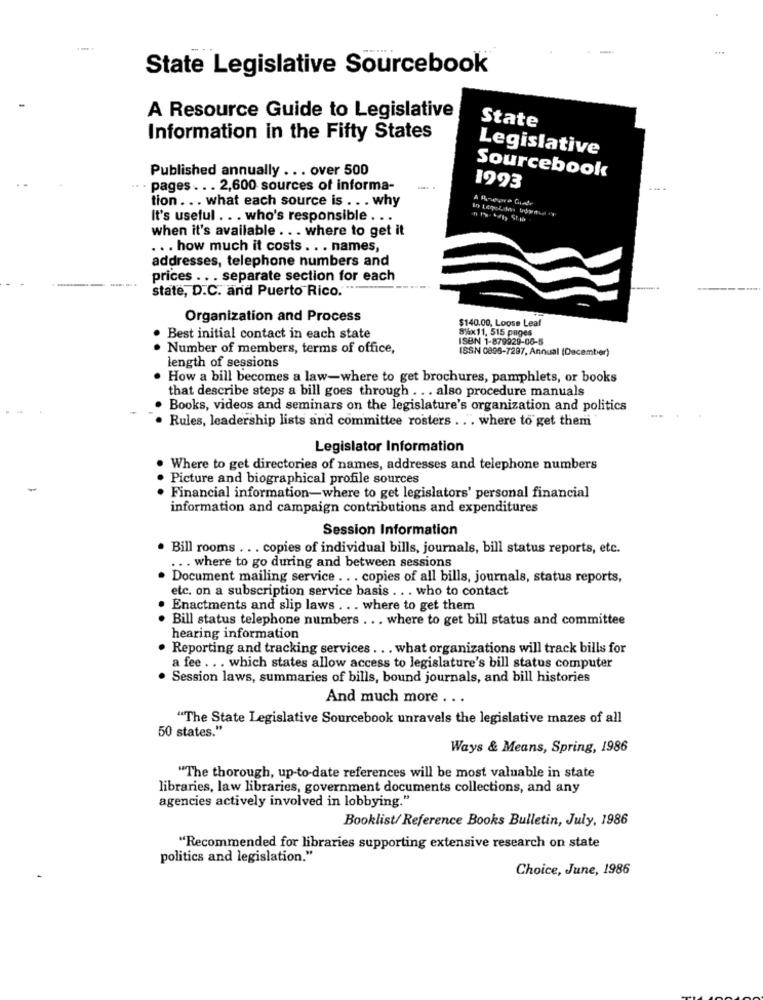
State Legislative Sourcebook
A Resource Guide to Legislative
State
Information in the Fifty States
Legislative
Published annually ... over 500
Sourcebook
- pages . . . 2,600 sources of informa-
1993
tion ... what each source is .. . why
It's useful ... who's responsible . ..
when it's available .. . where to get it
... how much it costs. .. names,
addresses, telephone numbers and
prices .. . separate section for each
state, D.C. and Puerto Rico."
Organization and Process
$140.00, Loose Leal
8%x11, 515 pages
· Best initial contact in each state
ISBN 1-879929-06-5
Number of members, terms of office,
ISSN 0896-7297, Annual (December)
length of sessions
How a bill becomes a law-where to get brochures, pamphlets, or books
that describe steps a bill goes through . .. also procedure manuals
Books, videos and seminars on the legislature's organization and politics
Rules, leadership lists and committee rosters . . ". where to get them'
Legislator Information
Where to get directories of names, addresses and telephone numbers
Picture and biographical profile sources
-
· Financial information-where to get legislators' personal financial
information and campaign contributions and expenditures
Session Information
· Bill rooms ... copies of individual bills, journals, bill status reports, etc.
.. . where to go during and between sessions
· Document mailing service ... copies of all bills, journals, status reports,
etc. on a subscription service basis .. . who to contact
Enactments and slip laws . .. where to get them
. Bill status telephone numbers ... where to get bill status and committee
hearing information
. Reporting and tracking services . .. what organizations will track bills for
a fee ... which states allow access to legislature's bill status computer
· Session laws, summaries of bills, bound journals, and bill histories
And much more ...
"The State Legislative Sourcebook unravels the legislative mazes of all
50 states."
Ways & Means, Spring, 1986
"The thorough, up-to-date references will be most valuable in state
libraries, law libraries, government documents collections, and any
agencies actively involved in lobbying."
Booklist/ Reference Books Bulletin, July, 1986
"Recommended for libraries supporting extensive research on state
politics and legislation."
Choice, June, 1986